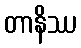
တာနိဿ